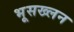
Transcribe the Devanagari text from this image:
भूसख्लन